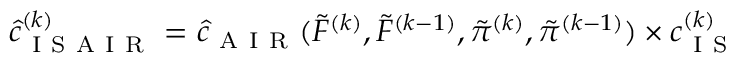
\begin{array} { r } { \hat { c } _ { \mathrm { ~ I ~ S ~ A ~ I ~ R ~ } } ^ { ( k ) } = \hat { c } _ { \mathrm { ~ A ~ I ~ R ~ } } ( \widetilde { F } ^ { ( k ) } , \widetilde { F } ^ { ( k - 1 ) } , \tilde { \pi } ^ { ( k ) } , \tilde { \pi } ^ { ( k - 1 ) } ) \times c _ { \mathrm { ~ I ~ S ~ } } ^ { ( k ) } } \end{array}